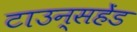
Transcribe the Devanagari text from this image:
टाउन्सहेंड